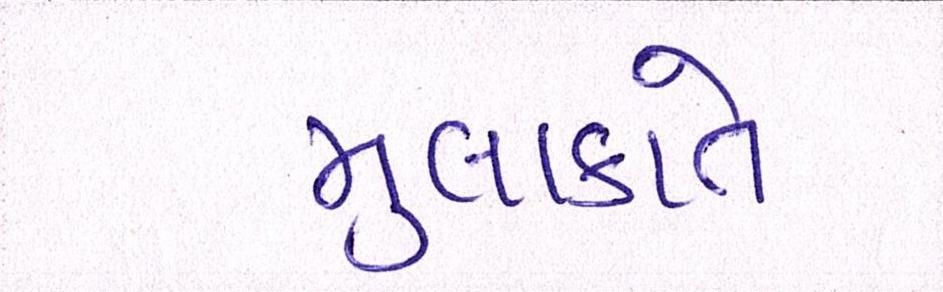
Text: મુલાકાતે